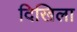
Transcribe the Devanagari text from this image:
दिखिला